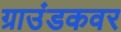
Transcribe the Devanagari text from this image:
ग्राउंडकवर